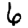
Digit: 6